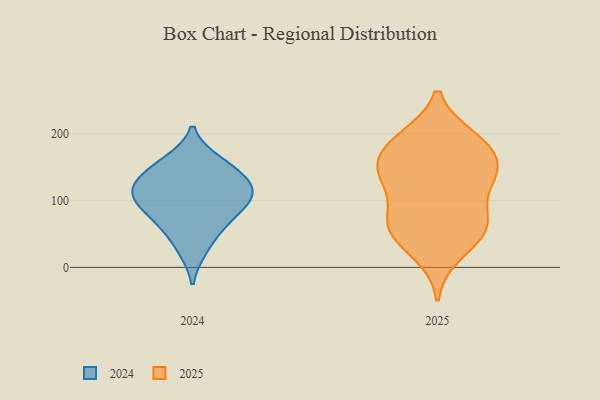
{"axis": {"x": "Revenue (USD Million)", "y": "Value"}, "legend": ["2024", "2025"], "data": [{"x": "", "y": 193, "type": "2025"}, {"x": "", "y": 69, "type": "2025"}, {"x": "", "y": 72, "type": "2025"}, {"x": "", "y": 64, "type": "2025"}, {"x": "", "y": 172, "type": "2025"}, {"x": "", "y": 143, "type": "2025"}, {"x": "", "y": 51, "type": "2025"}, {"x": "", "y": 132, "type": "2025"}, {"x": "", "y": 122, "type": "2025"}, {"x": "", "y": 21, "type": "2025"}, {"x": "", "y": 185, "type": "2025"}, {"x": "", "y": 191, "type": "2025"}, {"x": "", "y": 144, "type": "2025"}, {"x": "", "y": 56, "type": "2025"}, {"x": "", "y": 146, "type": "2025"}, {"x": "", "y": 114, "type": "2024"}, {"x": "", "y": 159, "type": "2024"}, {"x": "", "y": 69, "type": "2024"}, {"x": "", "y": 96, "type": "2024"}, {"x": "", "y": 99, "type": "2024"}, {"x": "", "y": 110, "type": "2024"}, {"x": "", "y": 152, "type": "2024"}, {"x": "", "y": 64, "type": "2024"}, {"x": "", "y": 135, "type": "2024"}, {"x": "", "y": 27, "type": "2024"}, {"x": "", "y": 124, "type": "2024"}]}